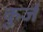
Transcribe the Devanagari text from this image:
कुर्ज